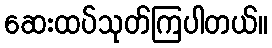
ဆေးထပ်သုတ်ကြပါတယ်။